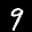
Label: 9